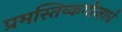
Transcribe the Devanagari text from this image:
प्रमस्तिष्कगोलार्ध